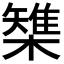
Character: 𣜫